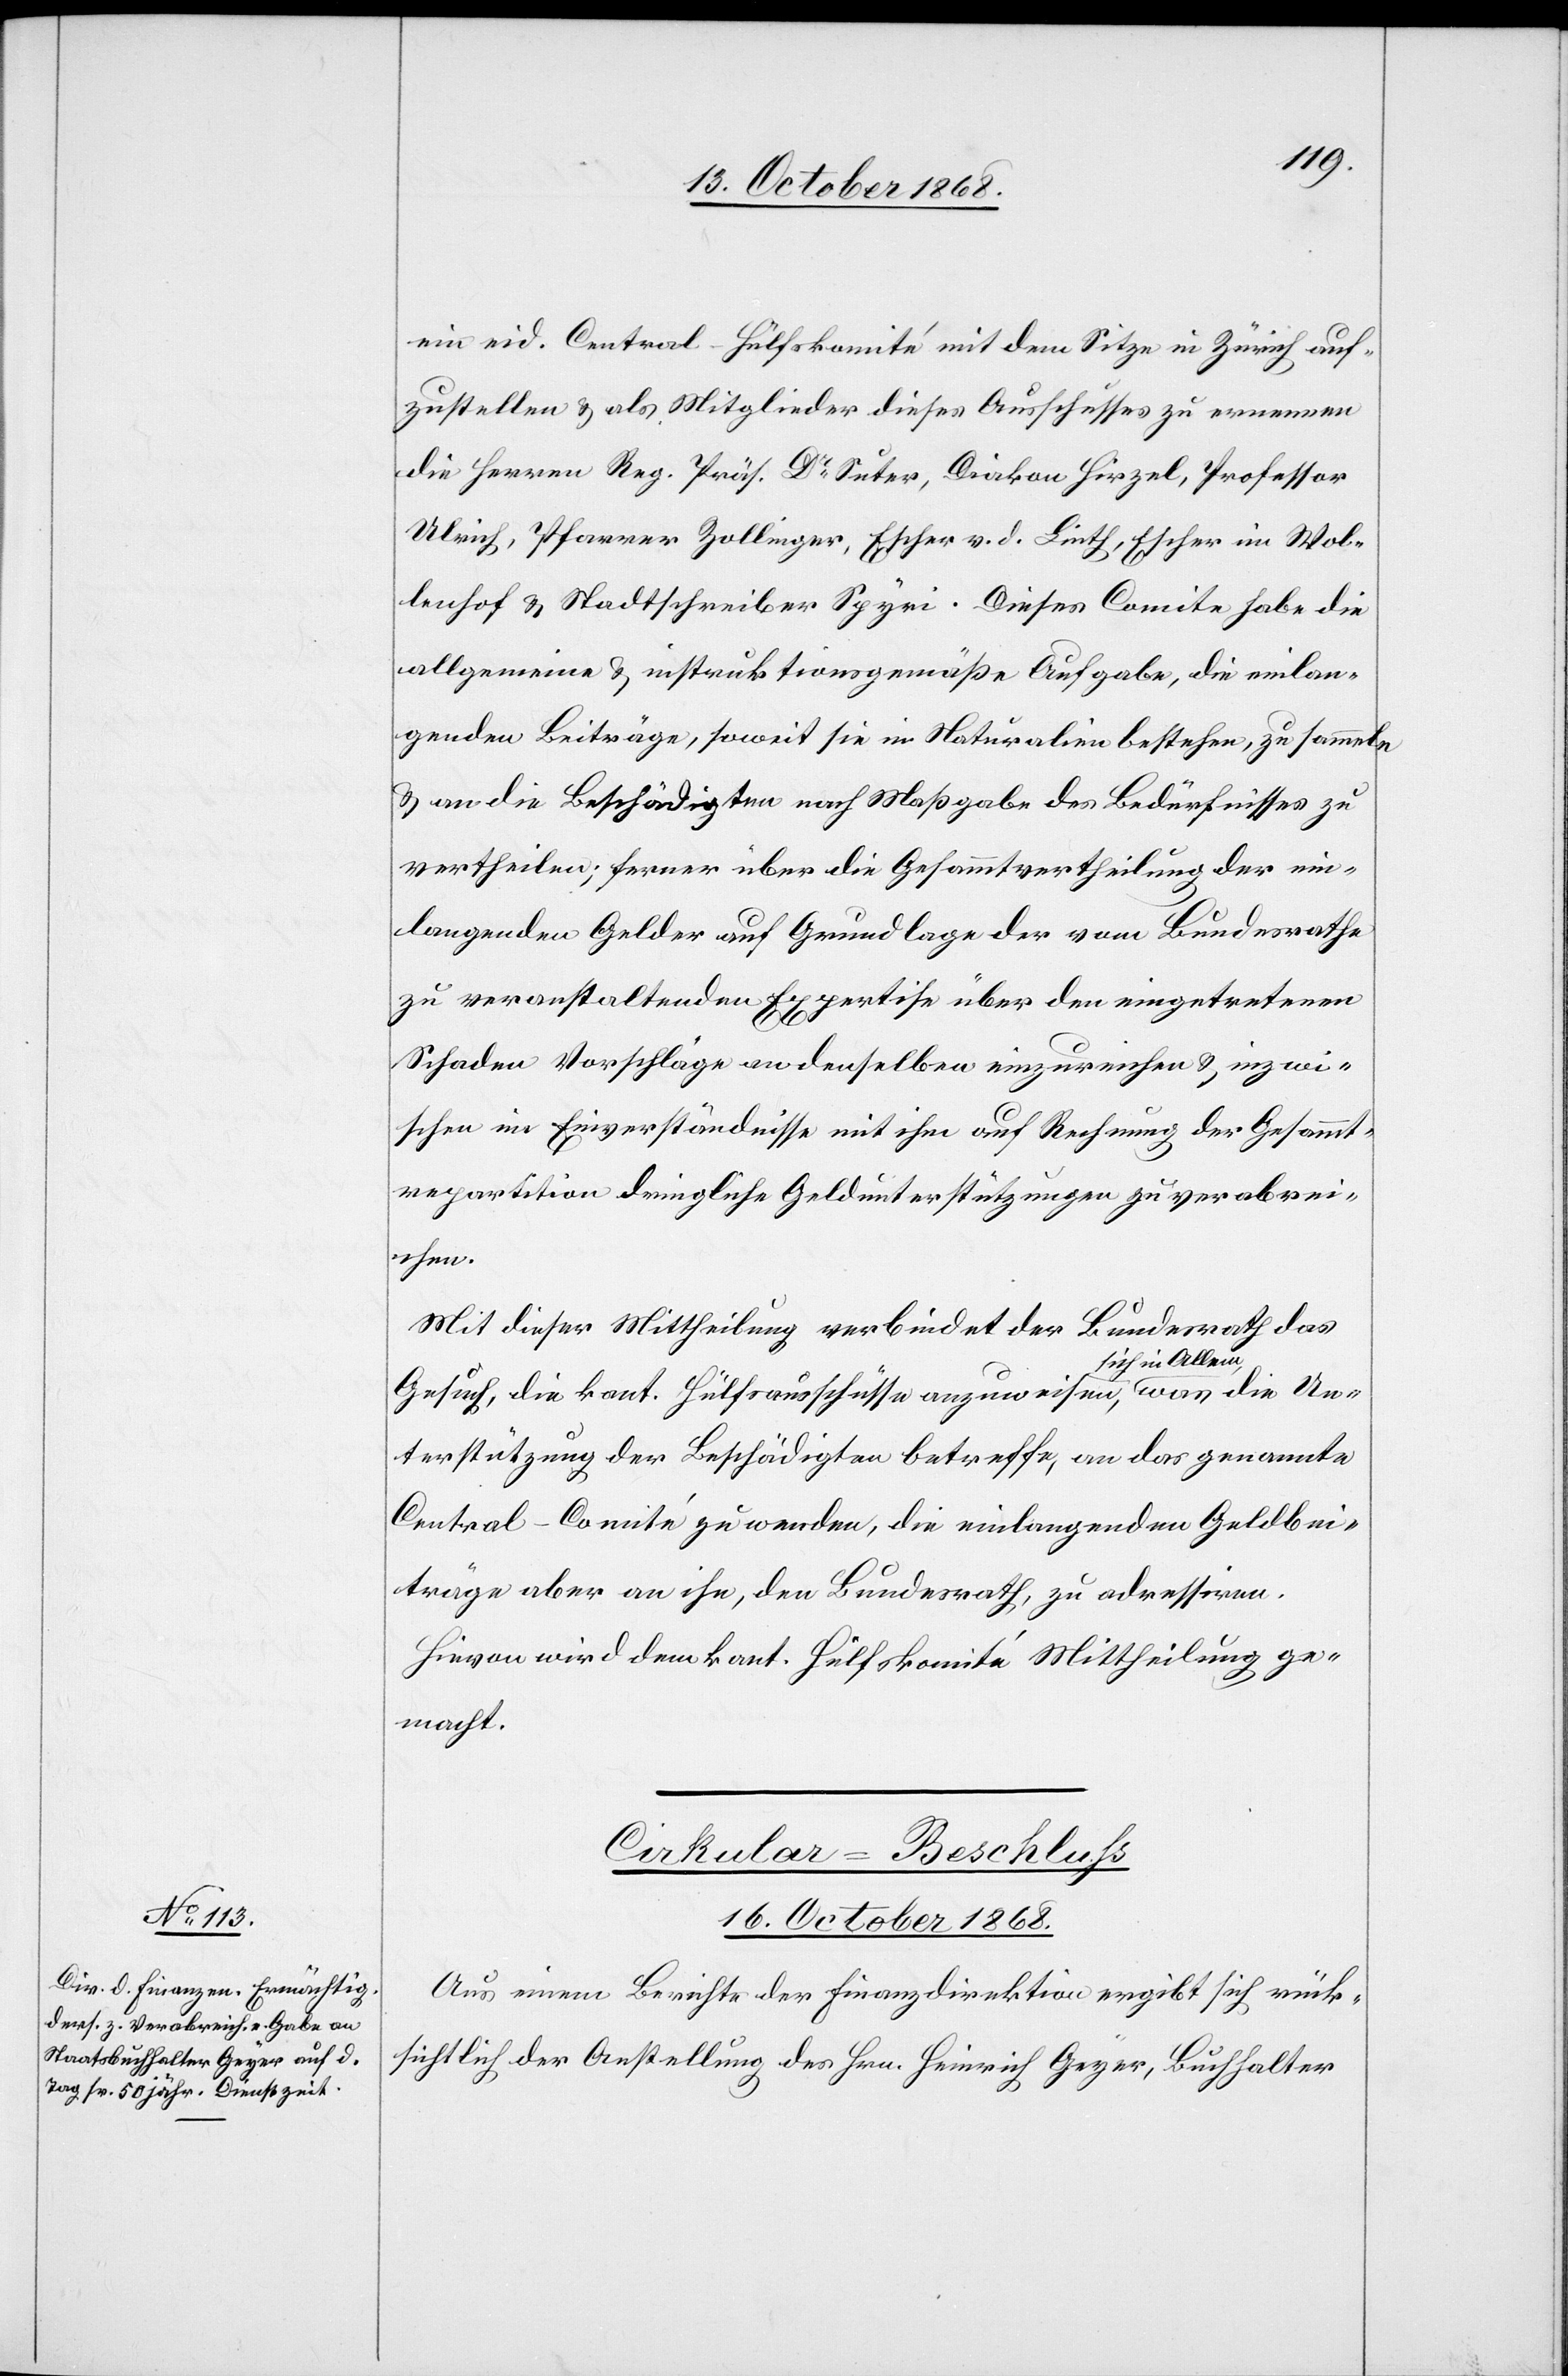
ein eid. Central-Hülfskomité mit dem Sitze in Zürich auf¬
zustellen & als Mitglieder dieses Ausschusses zu ernennen
die Herren Reg. Präs. Dr Suter, Diakon Hirzel, Professor
Ulrich, Pfarrer Zollinger, Escher v. d. Linth, Escher im Wol¬
lenhof & Stadtschreiber Spyri. Dieses Comite habe die
allgemeine & instruktionsgemäße Aufgabe, die einlan¬
genden Beiträge, soweit sie in Naturalien bestehen, zu sammeln
& an die Beschädigten nach Maßgabe des Bedürfnisses zu
vertheilen; ferner über die Gesammtvertheilung der ein¬
langenden Gelder auf Grundlage der vom Bundesrathe
zu veranstaltenden Expertise über den eingetretenen
Schaden Vorschläge an denselben einzureichen & inzwi¬
schen im Einverständnisse mit ihm auf Rechnung der Gesammt¬
repartition dringliche Geldunterstützungen zu verabrei¬
llem,
Mit dieser Mittheilung verbindet der Bundesrath das
Gesuch, die kant. Hülfsausschüsse anzuweisen, sich in A¬
Unterstützung der Beschädigten betreffe, an das genannte
Central-Comité zu wenden, die einlangenden Geldbei¬
träge aber an ihn, den Bundesrath, zu adressiren.
Hievon wird dem kant. Hülfskomité Mittheilung ge¬
macht.
Cirkular-Beschluss
16. October 1868.
Aus einem Berichte der Finanzdirektion ergibt sich rück¬
sichtlich der Anstellung des Hrn. Heinrich Geyer, Buchhalter